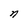
Character: n